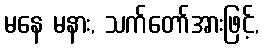
မနေ မနား, သက်တော်အားဖြင့်,